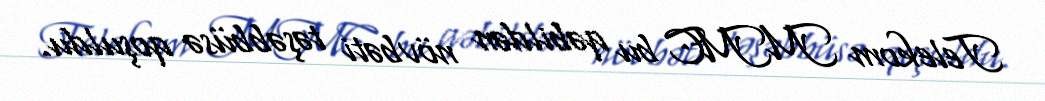
Telekom MMC bu qəbildən növbəti təşəbbüsə qoşuldu.